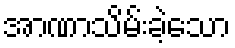
အာဏာသိမ်းခဲ့သော